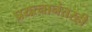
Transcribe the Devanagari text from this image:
प्रयत्नानंतरही